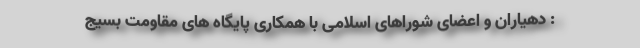
: دهیاران و اعضای شوراهای اسلامی با همکاری پایگاه های مقاومت بسیج